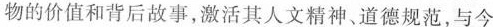
物的价值和背后故事，激活其人文精神、道德规范，与今